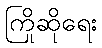
ကြိုဆိုရေး